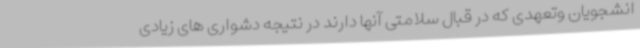
انشجویان وتعهدی که در قبال سلامتی آنها دارند در نتیجه دشواری های زیادی